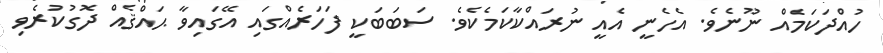
ހުއްދަކަމެއް ނޫނެވެ. އެހެނީ އެއީ ނުރައްކާކަމެކެވެ. ސަބަބަކީ ފަހަރެއްގައި އޭގައިވާ ޙައްޤެއް ދޮގުކުރެވި